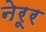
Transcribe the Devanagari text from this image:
नेरूर